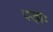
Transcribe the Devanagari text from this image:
पड़ाः